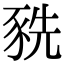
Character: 𧱀